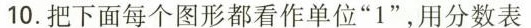
10.把下面每个图形都看作单位”1”，用分